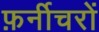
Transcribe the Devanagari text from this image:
फ़र्नीचरों